Report of the Indian Hemp Drugs Commission, 1894-1895 - Volume IV
Year: 1894
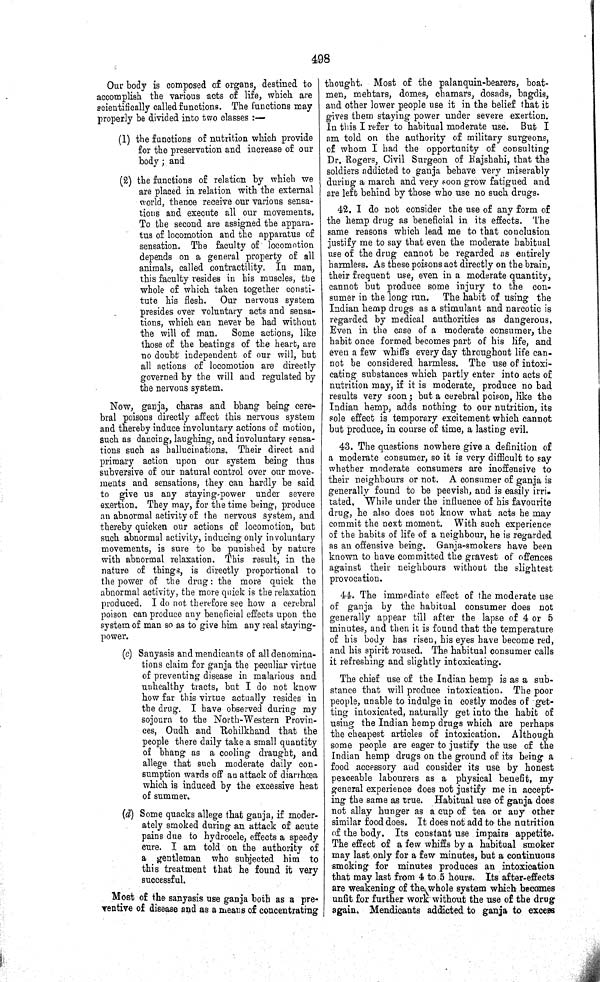
498
Our body is composed of organs, destined to
accomplish the various acts of life, which are
scientifically called functions. The functions may
properly be divided into two classes:—
(1) the functions of nutrition which provide
for the preservation and increase of our
body; and
(2) the functions of relation by which we
are placed in relation with the external
world, thence receive our various sensa-
tions and execute all our movements.
To the second are assigned the appara-
tus of locomotion and the apparatus of
sensation. The faculty of locomotion
depends on a general property of all
animals, called contractility. In man,
this faculty resides in his muscles, the
whole of which taken together consti-
tute his flesh. Our nervous system
presides over voluntary acts and sensa-
tions, which can never be had without
the will of man. Some actions, like
those of the beatings of the heart, are
no doubt independent of our will, but
all actions of locomotion are directly
governed by the will and regulated by
the nervous system.
Now, ganja, charas and bhang being cere-
bral poisons directly affect this nervous system
and thereby induce involuntary actions of motion,
such as dancing, laughing, and involuntary sensa-
tions such as hallucinations. Their direct and
primary action upon our system being thus
subversive of our natural control over our move-
ments and sensations, they can hardly be said
to give us any staying-power under severe
exertion. They may, for the time being, produce
an abnormal activity of the nervous system, and
thereby quicken our actions of locomotion, but
such abnormal activity, inducing only involuntary
movements, is sure to be punished by nature
with abnormal relaxation. This result, in the
nature of things, is directly proportional to
the power of the drug: the more quick the
abnormal activity, the more quick is the relaxation
produced. I do not therefore see how a cerebral
poison can produce any beneficial effects upon the
system of man so as to give him any real staying-
power.
(c) Sanyasis and mendicants of all denomina-
tions claim for ganja the peculiar virtue
of preventing disease in malarious and
unhealthy tracts, but I do not know
how far this virtue actually resides in
the drug. I have observed during my
sojourn to the North-Western Provin-
ces, Oudh and Rohilkhand that the
people there daily take a small quantity
of bhang as a cooling draught, and
allege that such moderate daily con-
sumption wards off an attack of diarrhœa
which is induced by the excessive heat
of summer.
(d) Some quacks allege that ganja, if moder-
ately smoked during an attack of acute
pains due to hydrocele, effects a speedy
cure. I am told on the authority of
a gentleman who subjected him to
this treatment that he found it very
successful.
Most of the sanyasis use ganja both as a pre-
ventive of disease and as a means of concentrating
thought. Most of the palanquin-bearers, boat-
men, mehtars, domes, chamars, dosads, bagdis,
and other lower people use it in the belief that it
gives them staying power under severe exertion.
In this I refer to habitual moderate use. But I
am told on the authority of military surgeons,
of whom I had the opportunity of consulting
Dr. Rogers, Civil Surgeon of Rajshahi, that the
soldiers addicted to ganja behave very miserably
during a march and very soon grow fatigued and
are left behind by those who use no such drugs.
42. I do not consider the use of any form of
the hemp drug as beneficial in its effects. The
same reasons which lead me to that conclusion
justify me to say that even the moderate habitual
use of the drug cannot be regarded as entirely
harmless. As these poisons act directly on the brain,
their frequent use, even in a moderate quantity,
cannot but produce some injury to the con-
sumer in the long run. The habit of using the
Indian hemp drugs as a stimulant and narcotic is
regarded by medical authorities as dangerous.
Even in the case of a moderate consumer, the
habit once formed becomes part of his life, and
even a few whiffs every day throughout life can-
not be considered harmless. The use of intoxi-
cating substances which partly enter into acts of
nutrition may, if it is moderate, produce no bad
results very soon; but a cerebral poison, like the
Indian hemp, adds nothing to our nutrition, its
sole effect is temporary excitement which cannot
but produce, in course of time, a lasting evil.
43. The questions nowhere give a definition of
a moderate consumer, so it is very difficult to say
whether moderate consumers are inoffensive to
their neighbours or not. A consumer of ganja is
generally found to be peevish, and is easily irri-
tated. While under the influence of his favourite
drug, he also does not know what acts he may
commit the next moment. With such experience
of the habits of life of a neighbour, he is regarded
as an offensive being. Ganja-smokers have been
known to have committed the gravest of offences
against their neighbours without the slightest
provocation.
44. The immediate effect of the moderate use
of ganja by the habitual consumer does not
generally appear till after the lapse of 4 or 5
minutes, and then it is found that the temperature
of his body has risen, his eyes have become red,
and his spirit roused. The habitual consumer calls
it refreshing and slightly intoxicating.
The chief use of the Indian hemp is as a sub-
stance that will produce intoxication. The poor
people, unable to indulge in costly modes of get-
ting intoxicated, naturally get into the habit of
using the Indian hemp drugs which are perhaps
the cheapest articles of intoxication. Although
some people are eager to justify the use of the
Indian hemp drugs on the ground of its being a
food accessory and consider its use by honest
peaceable labourers as a physical benefit, my
general experience does not justify me in accept-
ing the same as true. Habitual use of ganja does
not allay hunger as a cup of tea or any other
similar food does. It does not add to the nutrition
of the body. Its constant use impairs appetite.
The effect of a few whiffs by a habitual smoker
may last only for a few minutes, but a continuous
smoking for minutes produces an intoxication
that may last from 4 to 5 hours. Its after-effects
are weakening of the whole system which becomes
unfit for further work without the use of the drug
again. Mendicants addicted to ganja to excess